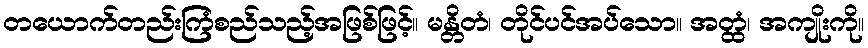
တယောက်တည်းကြံစည်သည့်အဖြစ်ဖြင့်။ မန္တိတံ၊ တိုင်ပင်အပ်သော။ အတ္ထံ၊ အကျိုးကို။